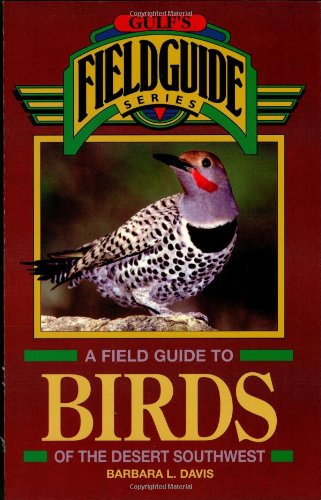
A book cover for A Field Guide to Birds of the Desert Southwest (Gulf's Fieldguide); Barbara L. Davis; Travel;